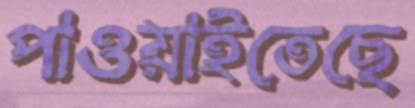
পাওয়াইতেছে